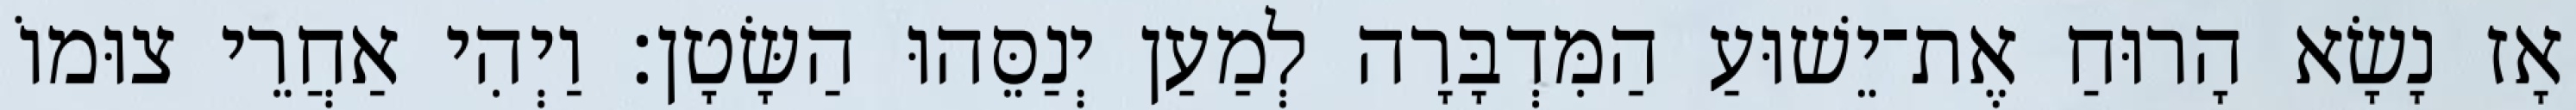
אָז נָשָׂא הָרוּחַ אֶת־יֵשׁוּעַ הַמִּדְבָּרָה לְמַעַן יְנַסֵּהוּ הַשָּׂטָן׃ וַיְהִי אַחֲרֵי צוּמוֹ